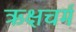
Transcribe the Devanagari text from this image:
ऋक्षचर्म